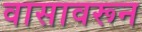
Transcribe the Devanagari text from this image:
वासावरून